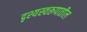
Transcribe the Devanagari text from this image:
दृश्यस्वरूपातील